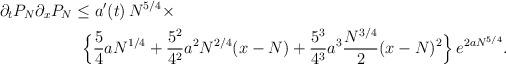
LaTeX: \begin{align*}\partial_t P_N\partial_xP_N &\le a'(t)\,N^{5/4}\times\\ &\;\;\Big\{\frac54 aN^{1/4}+\frac{5^2}{4^2} a^2N^{2/4}(x-N)+\frac{5^3}{4^3} a^3\frac{N^{3/4}}{2}(x-N)^2\Big\}\,e^{2aN^{5/4}}.\end{align*}